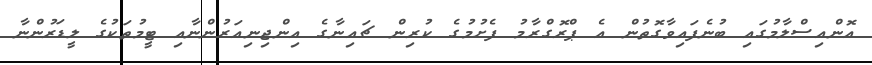
އޮންއިސްލާމުގައި ބުނެފައިވާގޮތުން އެ ޕްރޮގްރާމު ފެށުމުގެ ކުރިން ޗައިނާގެ އިންޖިނިއަރުންނާއި ޓީމުތަކުގެ ލީޑަރުންނާ